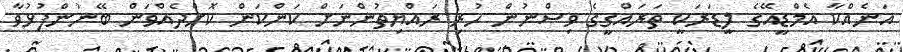
އަނެއްކާ އެމްޑީއޭގެ ލީޑަރަކީ ތަރައްގީގެ ވިސްނުން ހުރި ރައްޔިތުންނަށް ކަންކަން ކޮށްދެއްވަން ބޭނުންފުޅުވާ